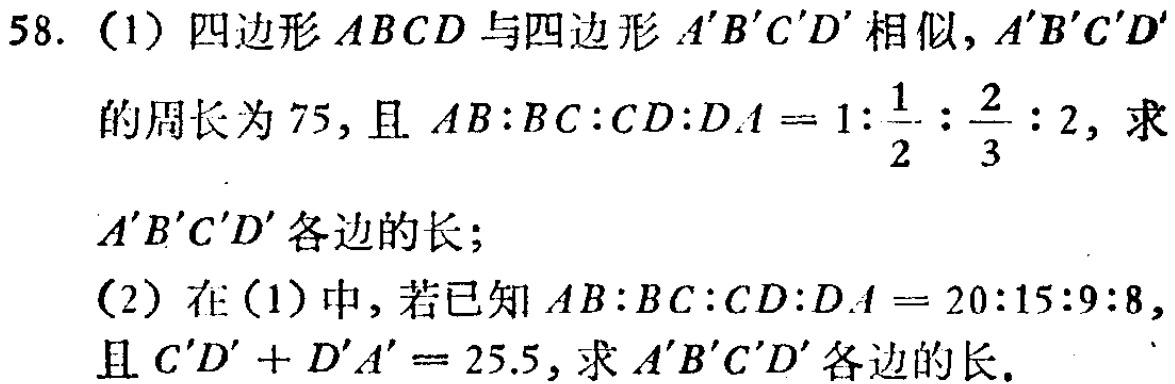
58. (1) 四边形 \(ABCD\) 与四边形 \(A'B'C'D'\) 相似，\(A'B'C'D'\)
的周长为 \(75\)，且 \(AB:BC:CD:DA = 1:\frac{1}{2}:\frac{2}{3}:2\)，求
\(A'B'C'D'\) 各边的长；
(2) 在 (1) 中，若已知 \(AB:BC:CD:DA = 20:15:9:8\)，
且 \(C'D'+D'A' = 25.5\)，求 \(A'B'C'D'\) 各边的长。